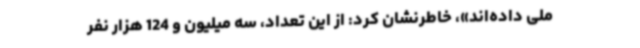
ملی داده‌اند»، خاطرنشان کرد: از این تعداد، سه میلیون و 124 هزار نفر